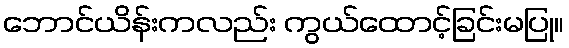
ဘောင်ယိန်းကလည်း ကွယ်ထောင့်ခြင်းမပြု။